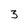
Character: 3